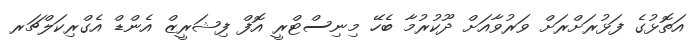
އަތޮޅުގެ ފަޅުރަށްރަށް ވަރުވާއަށް ދޫކުރުމާ ބެހޭ މިނިސްޓްރީ އޮފް ފިޝަރީޒް އެންޑް އެގްރިކަލްޗަރ